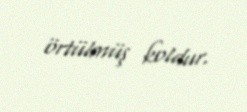
örtülmüş koldur.